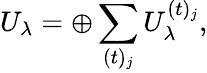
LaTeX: U_{\lambda}=\oplus\sum_{(t)_{j}}U_{\lambda}^{(t)_{j}},